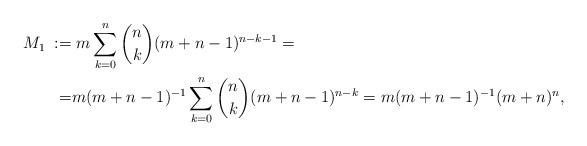
LaTeX: \begin{align*}M_1\;:=&\;m\sum_{k=0}^n {n \choose k}(m+n-1)^{n-k-1}=\\=&m(m+n-1)^{-1}\sum_{k=0}^n {n \choose k}(m+n-1)^{n-k}=m(m+n-1)^{-1} (m+n)^{n}, \\\end{align*}